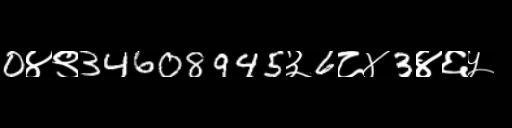
Text: 0४९34608945३6८४3४६५